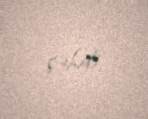
çəkdi.